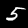
Label: 5